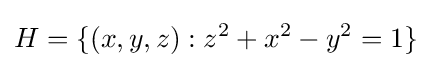
H=\{(x,y,z):z^{2}+x^{2}-y^{2}=1\}